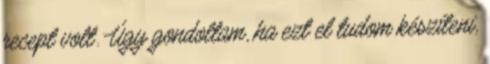
recept volt. Úgy gondoltam, ha ezt el tudom készíteni,